Scottish Leaving Certificate Examination, 1958
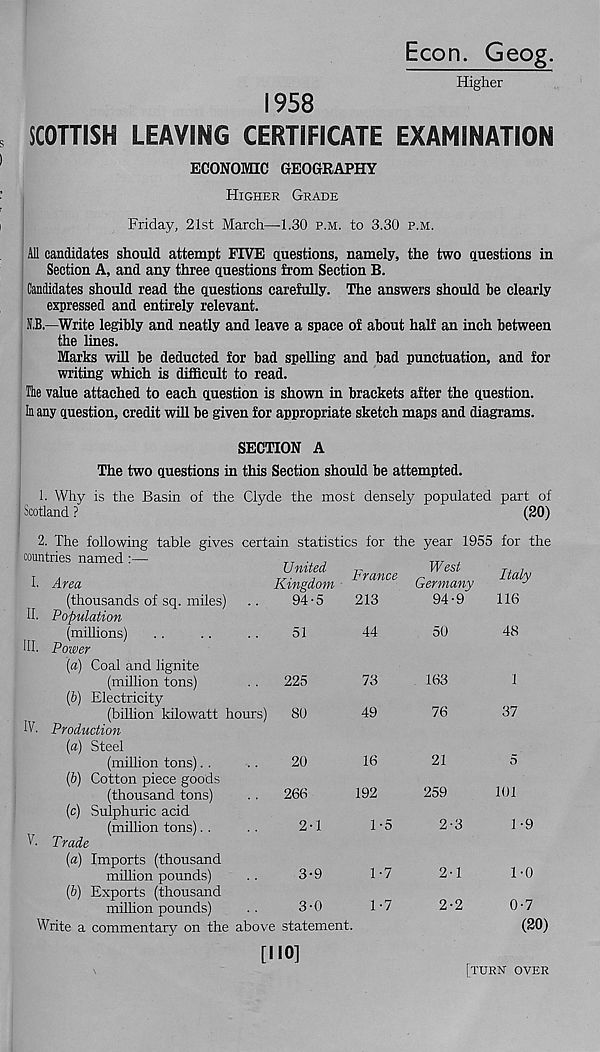
Econ. Geog.
Higher
1958
SCOTTISH LEAVING CERTIFICATE EXAMINATION
ECONOMIC GEOGRAPHY
Higher Grade
Friday, 21st March—1.30 p.m. to 3.30 p.m.
All candidates should attempt FIVE questions, namely, the two questions in
Section A, and any three questions from Section B.
Candidates should read the questions carefully. The answers should be clearly
expressed and entirely relevant.
N.B.—Write legibly and neatly and leave a space of about half an inch between
the lines.
Marks will be deducted for bad spelling and bad punctuation, and for
writing which is difficult to read.
The value attached to each question is shown in brackets after the question.
In any question, credit will be given for appropriate sketch maps and diagrams.
SECTION A
The two questions in this Section should be attempted.
I. Why is the Basin of the Clyde the most densely populated part of
Scotland ?
(20)
2. The following table gives certain statistics for the year 1955 for the
countries named :—
TT , ± ,
United
Kingdom
94-5
France
213
I. Area
(thousands of sq. miles)
II. Population
(millions)
..
..
..
51
44
HI. Power
(а) Coal and lignite
(million tons)
. .
225
73
(б) Electricity
(billion kilowatt hours)
80
49
IV. Production
[а) Steel
(million tons). .
..
20
16
(б) Cotton piece goods
(thousand tons)
. .
266
192
(c) Sulphuric acid
(million tons). .
..
2-1
1-5
V. Trade
{a) Imports (thousand
million pounds)
..
3-9
1-7
(&) Exports (thousand
milhon pounds)
..
3-0
1-7
Write a commentary on the above statement.
[110]
West
Germany
94-9
50
163
76
21
259
2-3
2-1
2-2
Italy
116
48
1
37
5
101
1-9
1-0
0-7
(20)
[turn over